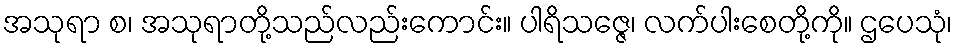
အသုရာ စ၊ အသုရာတို့သည်လည်းကောင်း။ ပါရိသဇ္ဇေ၊ လက်ပါးစေတို့ကို။ ဌပေသုံ၊